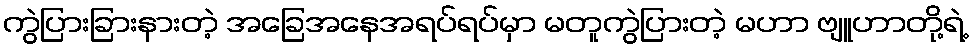
ကွဲပြားခြားနားတဲ့ အခြေအနေအရပ်ရပ်မှာ မတူကွဲပြားတဲ့ မဟာ ဗျူဟာတို့ရဲ့